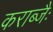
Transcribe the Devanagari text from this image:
कराब्जैः